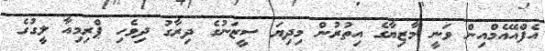
އެފްއޭއެމްއިން ވަނީ މާޒިޔާގެ އިތުރުން މިދިޔަ ސީޒަނުގެ ދިރާގު ދިވެހި ޕްރިމިއާ ލީގުގެ